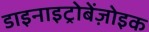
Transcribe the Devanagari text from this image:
डाइनाइट्रोबेंज़ोइक